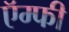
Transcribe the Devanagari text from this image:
ऍम्फी